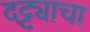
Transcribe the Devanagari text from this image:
दट्ट्याचा